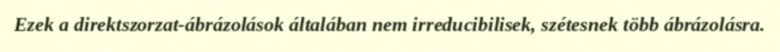
Ezek a direktszorzat-ábrázolások általában nem irreducibilisek, szétesnek több ábrázolásra.